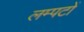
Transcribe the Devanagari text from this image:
लम्पटों